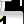
Digit: 1